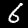
Digit: 6